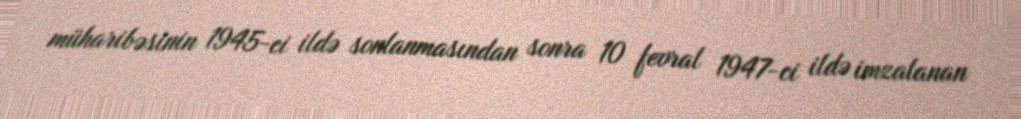
müharibəsinin 1945-ci ildə sonlanmasından sonra 10 fevral 1947-ci ildə imzalanan